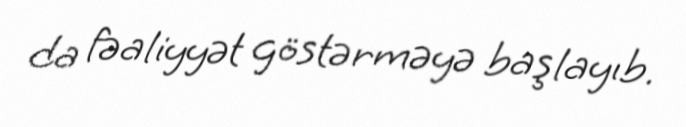
da fəaliyyət göstərməyə başlayıb.